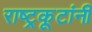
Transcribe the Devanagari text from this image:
राष्ट्रकूटांनी